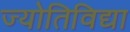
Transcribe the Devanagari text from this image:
ज्योतिविद्या